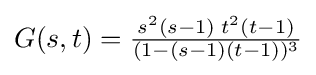
G(s,t)={\tfrac {s^{2}(s-1)\;t^{2}(t-1)}{(1-(s-1)(t-1))^{3}}}